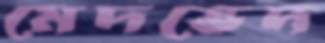
মেদভেদ